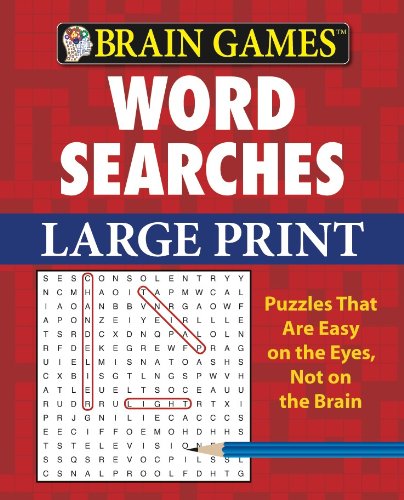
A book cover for Brain Games: Word Searches (Large Print); Editors of Publications International Ltd.; Humor & Entertainment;